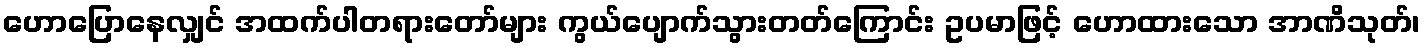
ဟောပြောနေလျှင် အထက်ပါတရားတော်များ ကွယ်ပျောက်သွားတတ်ကြောင်း ဥပမာဖြင့် ဟောထားသော အာဏိသုတ်၊